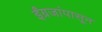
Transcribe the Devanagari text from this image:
ईंग्रजांपासून